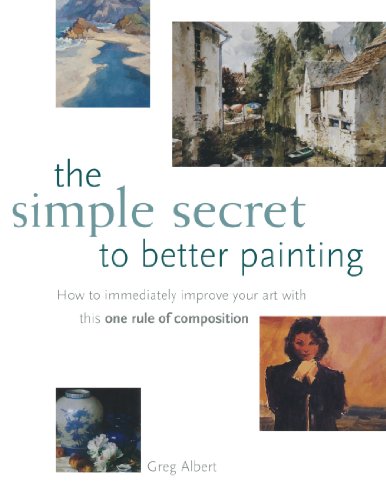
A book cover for The Simple Secret to Better Painting: How to Immediately Improve Your Work with the One Rule of Composition; Greg Albert; Arts & Photography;